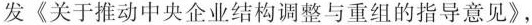
发《关于推动中央企业结构调整与重组的指导意见》，